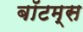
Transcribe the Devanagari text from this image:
बॉटम्स